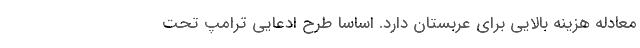
معادله هزینه بالایی برای عربستان دارد. اساسا طرح ادعایی ترامپ تحت